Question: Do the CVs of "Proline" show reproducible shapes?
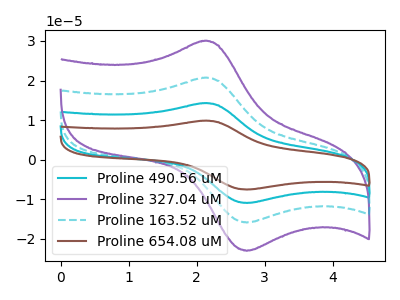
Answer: <think>The cyan curve "Proline 490.56 uM" has an anodic peak at (2.10V, 41.40uA) and a cathodic peak at (2.75V, -31.80uA). The purple curve "Proline 327.04 uM" has an anodic peak at (2.10V, 30.00uA) and a cathodic peak at (2.75V, -23.05uA). The cyan dashed curve "Proline 163.52 uM" has an anodic peak at (2.10V, 20.70uA) and a cathodic peak at (2.75V, -15.90uA). The brown curve "Proline 654.08 uM" has an anodic peak at (2.10V, 62.10uA) and a cathodic peak at (2.75V, -47.65uA).
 All the peaks in "Proline 490.56 uM" have a peak in "Proline 327.04 uM" at the same potential. Every peak in "Proline 490.56 uM" is higher than every peak in "Proline 327.04 uM". All the peaks in "Proline 490.56 uM" have a peak in "Proline 163.52 uM" at the same potential. Every peak in "Proline 490.56 uM" is higher than every peak in "Proline 163.52 uM". All the peaks in "Proline 490.56 uM" have a peak in "Proline 654.08 uM" at the same potential. Every peak in "Proline 490.56 uM" is lower than every peak in "Proline 654.08 uM". All the peaks in "Proline 327.04 uM" have a peak in "Proline 163.52 uM" at the same potential. Every peak in "Proline 327.04 uM" is higher than every peak in "Proline 163.52 uM". All the peaks in "Proline 327.04 uM" have a peak in "Proline 654.08 uM" at the same potential. Every peak in "Proline 327.04 uM" is lower than every peak in "Proline 654.08 uM". All the peaks in "Proline 163.52 uM" have a peak in "Proline 654.08 uM" at the same potential. Every peak in "Proline 163.52 uM" is lower than every peak in "Proline 654.08 uM".</think>
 <answer>All the CV's of "Proline" have similar shape.</answer>
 <eval>follow_rule</eval>